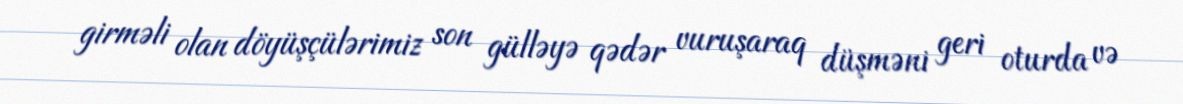
girməli olan döyüşçülərimiz son gülləyə qədər vuruşaraq düşməni geri oturda və